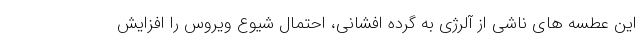
این عطسه های ناشی از آلرژی به گرده افشانی، احتمال شیوع ویروس را افزایش